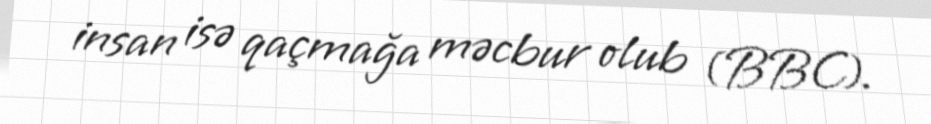
insan isə qaçmağa məcbur olub (BBC).